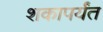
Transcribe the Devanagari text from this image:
शकापर्यंत